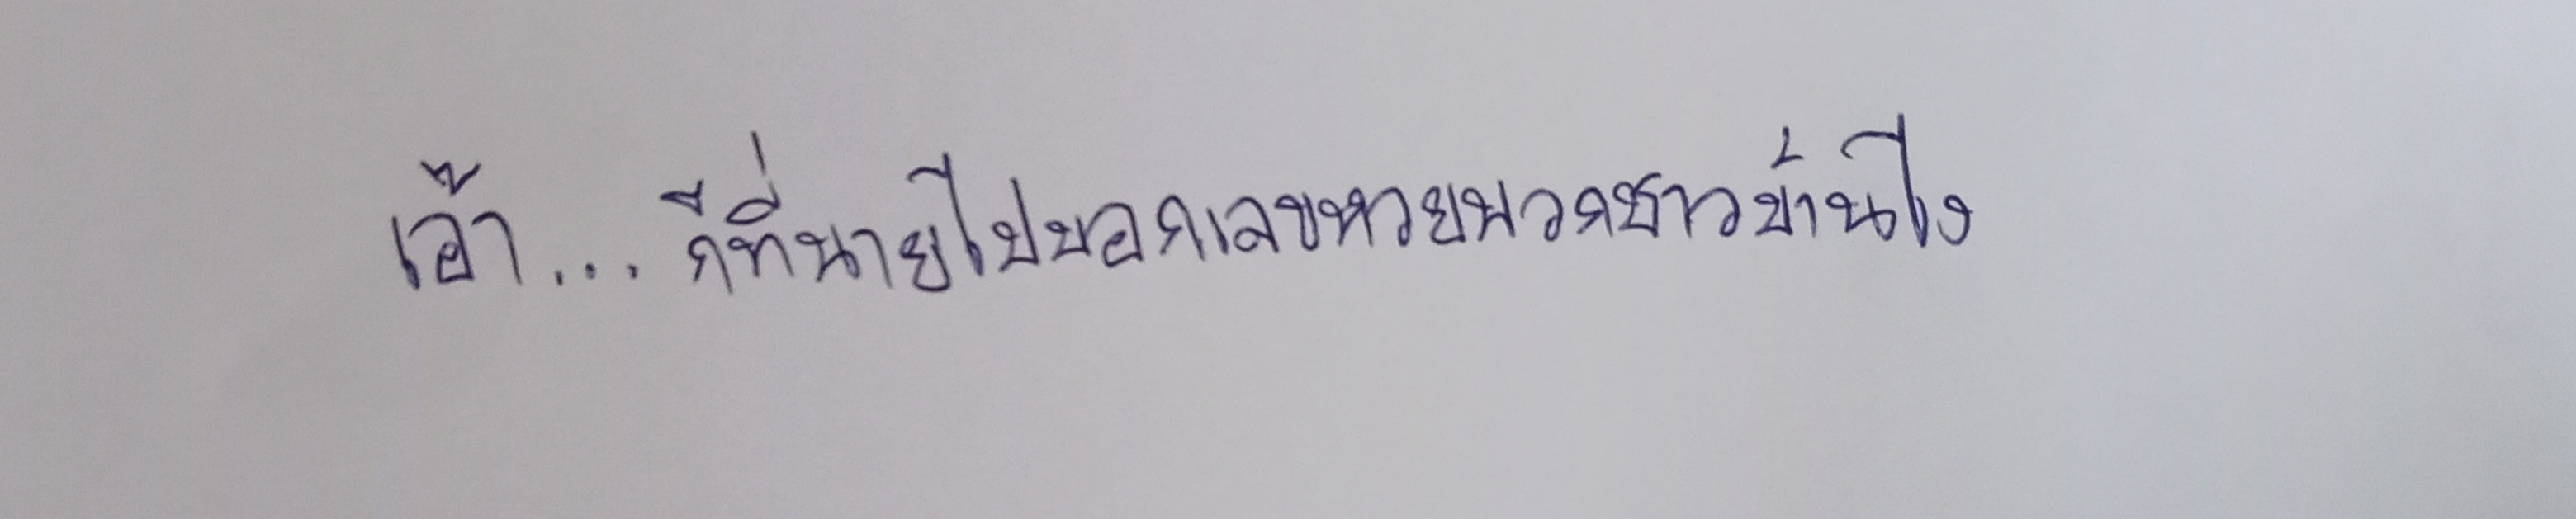
"เอ๊า...ก็ที่นายไปบอกเลขหวยพวกชาวบ้านไง"